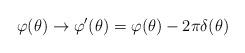
LaTeX: \begin{align*}\varphi (\theta )\rightarrow \varphi ^{\prime }(\theta )=\varphi (\theta)-2\pi \delta (\theta ) \end{align*}